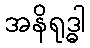
အနိရုဒ္ဓါ